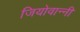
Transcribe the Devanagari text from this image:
जियोवान्नी